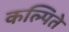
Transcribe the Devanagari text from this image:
कल्पिते